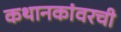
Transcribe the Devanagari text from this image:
कथानकांवरची